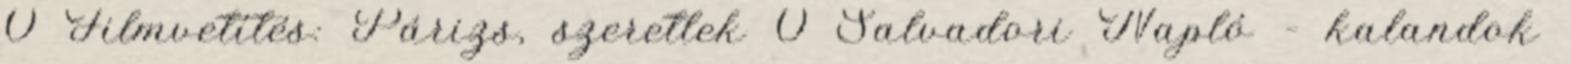
0 Filmvetítés: Párizs, szeretlek 0 Salvadori Napló – kalandok